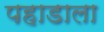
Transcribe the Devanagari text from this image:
पहाडाला